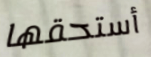
أستحقها